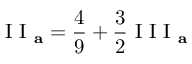
\mathrm { ~ I ~ I ~ } _ { \mathbf { a } } = \frac { 4 } { 9 } + \frac { 3 } { 2 } \mathrm { ~ I ~ I ~ I ~ } _ { \mathbf { a } }